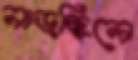
নাড়ছিলে